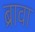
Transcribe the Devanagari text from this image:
ब्रावा